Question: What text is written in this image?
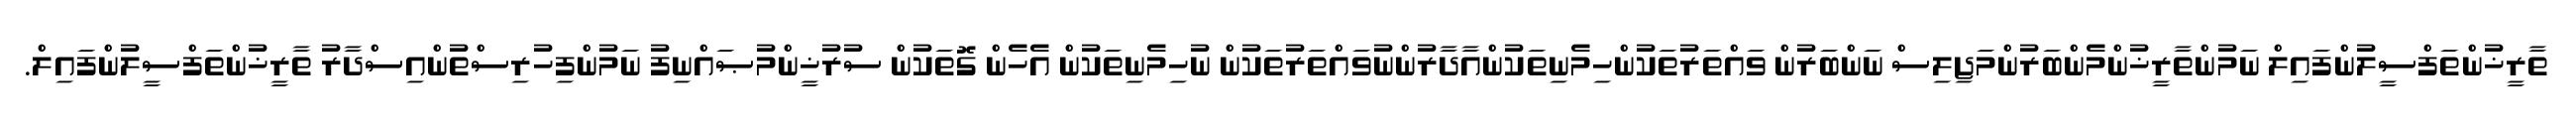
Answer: ތާރީޚުންތަފްސީލުންފައިލް ނަމުންތާރީޚުންމެންބަރުންމަޖިލިސް ނަންބަރުން ވައްތަރުތަކުންހިމެނިތަކުންއާދާރުންނުވައްތަރުތަކުން ނުހިމެނިތަކުން އެހެން ގޮތަކުން ސުރުޚީންމުޞައްނިފު ނަމުންފިހުރިސްތުންއިސްދާރު ތާރީޚުންތަފްސީލުންފައިލް.